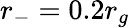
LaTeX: r_{-}=0.2r_{g}